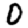
Digit: 0